Source: Handwritten
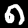
Digit: ၈ (8)